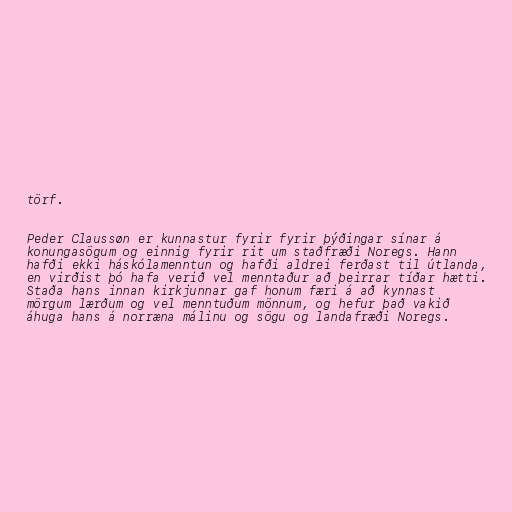
törf.

Peder Claussøn er kunnastur fyrir fyrir þýðingar sínar á
konungasögum og einnig fyrir rit um staðfræði Noregs. Hann
hafði ekki háskólamenntun og hafði aldrei ferðast til útlanda,
en virðist þó hafa verið vel menntaður að þeirrar tíðar hætti.
Staða hans innan kirkjunnar gaf honum færi á að kynnast
mörgum lærðum og vel menntuðum mönnum, og hefur það vakið
áhuga hans á norræna málinu og sögu og landafræði Noregs.